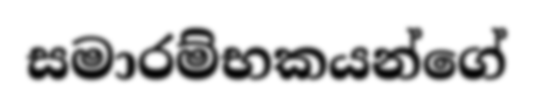
සමාරම්භකයන්ගේ